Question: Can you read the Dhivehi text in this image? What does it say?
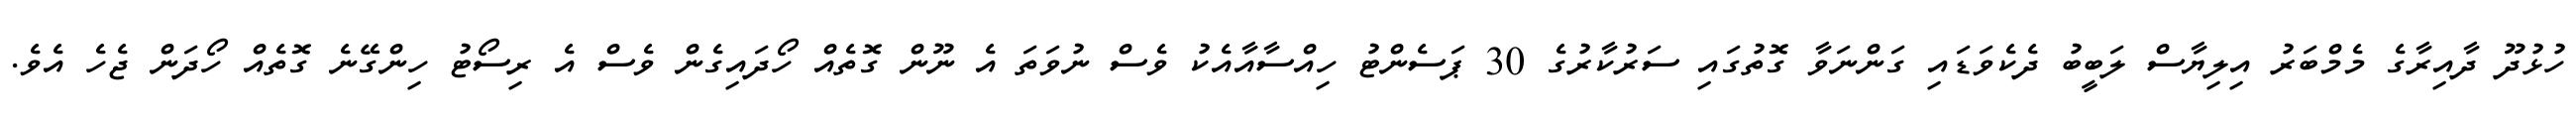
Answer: ހުޅުދޫ ދާއިރާގެ މެމްބަރު އިލިޔާސް ލަބީބު ދެކެވަޑައި ގަންނަވާ ގޮތުގައި ސަރުކާރުގެ 30 ޕަސެންޓު ހިއްސާއާއެކު ވެސް ނުވަތަ އެ ނޫން ގޮތެއް ހޯދައިގެން ވެސް އެ ރިސޯޓު ހިންގޭނެ ގޮތެއް ހޯދަން ޖެހެ އެވެ.